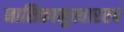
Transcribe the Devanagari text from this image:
नासिकानुस्वारस्य